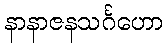
နာနာဇနသင်္ဂဟော